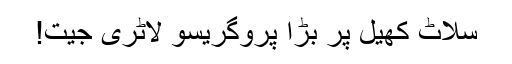
سلاٹ کھیل پر بڑا پروگریسو لاٹری جیت!